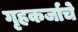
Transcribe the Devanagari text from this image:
गृहकर्जाचे